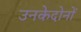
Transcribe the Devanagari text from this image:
उनकेदोनों